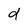
Character: d